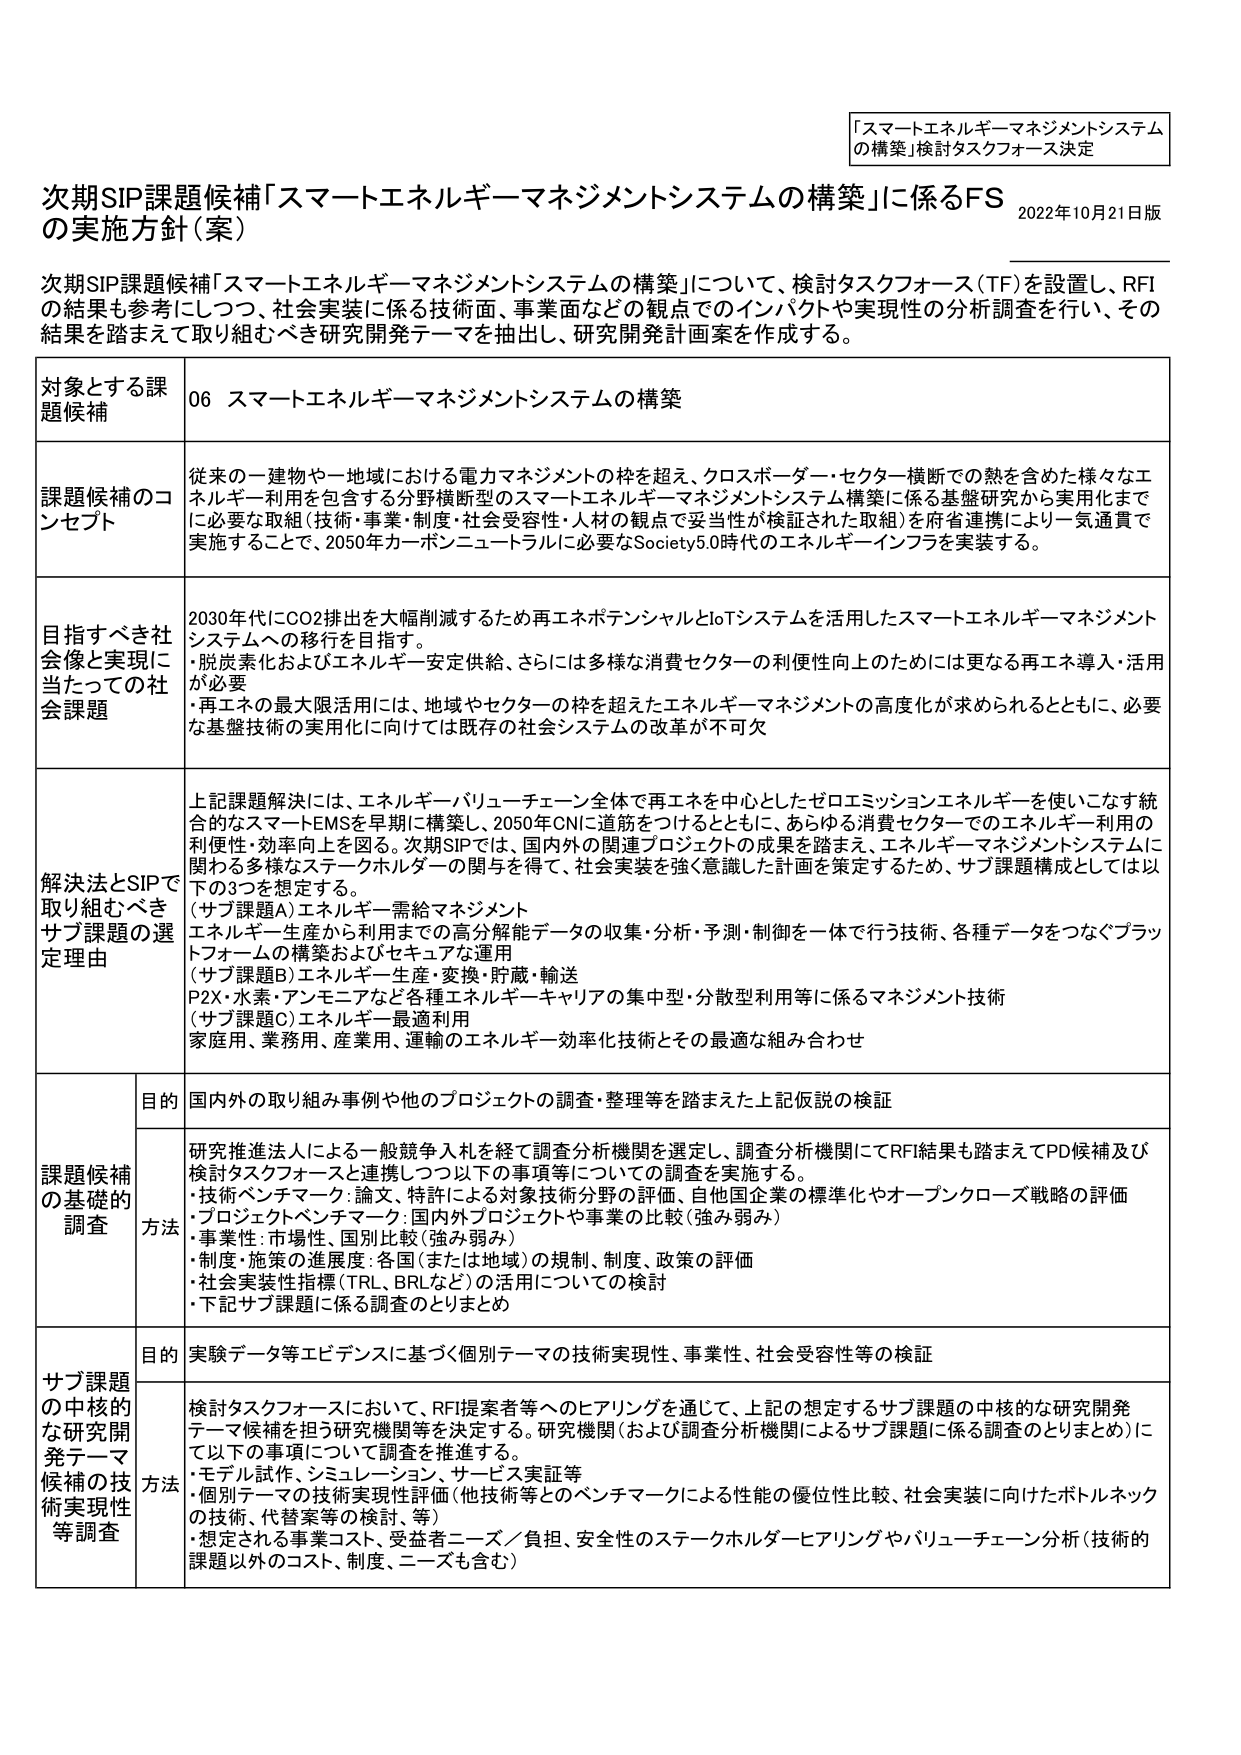
「スマートエネルギーマネジメントシステム
の構築」検討タスクフォース決定

次期SIP課題候補「スマートエネルギーマネジメントシステムの構築」に係るFS
の実施方針（案）
2022年10月21日版

次期SIP課題候補「スマートエネルギーマネジメントシステムの構築」について、検討タスクフォース（TF）を設置し、RFI
の結果も参考にしつつ、社会実装に係る技術面、事業面などの観点でのインパクトや実現性の分析調査を行い、その
結果を踏まえて取り組むべき研究開発テーマを抽出し、研究開発計画案を作成する。

対象とする課題候補
06 スマートエネルギーマネジメントシステムの構築

課題候補のコンセプト
従来の一建物や一地域における電力マネジメントの枠を超え、クロスボーダー・セクター横断での熱を含めた様々なエネルギー利用を包含する分野横断型のスマートエネルギーマネジメントシステム構築に係る基盤研究から実用化までに必要な取組（技術・事業・制度・社会受容性・人材の観点で妥当性が検証された取組）を府省連携により一気通貫で実施することで、2050年カーボンニュートラルに必要なSociety5.0時代のエネルギーインフラを実装する。

目指すべき社会像と実現に当たっての社会課題
2030年代にCO2排出を大幅削減するため再エネポテンシャルとIoTシステムを活用したスマートエネルギーマネジメントシステムへの移行を目指す。
・脱炭素化およびエネルギー安定供給、さらには多様な消費セクターの利便性向上のためには更なる再エネ導入・活用が必要
・再エネの最大限活用には、地域やセクターの枠を超えたエネルギーマネジメントの高度化が求められるとともに、必要な基盤技術の実用化に向けては既存の社会システムの改革が不可欠

解決法とSIPで取り組むべきサブ課題の選定理由
上記課題解決には、エネルギーバリューチェーン全体で再エネを中心としたゼロエミッションエネルギーを使いこなす統合的なスマートEMSを早期に構築し、2050年CNIに道筋をつけるとともに、あらゆる消費セクターでのエネルギー利用の利便性・効率向上を図る。次期SIPでは、国内外の関連プロジェクトの成果を踏まえ、エネルギーマネジメントシステムに関わる多様なステークホルダーの関与を得て、社会実装を強く意識した計画を策定するため、サブ課題構成としては以下の3つを想定する。
（サブ課題A）エネルギー需給マネジメント
エネルギー生産から利用までの高分解能データの収集・分析・予測・制御を一体で行う技術、各種データをつなぐプラットフォームの構築およびセキュアな運用
（サブ課題B）エネルギー生産・変換・貯蔵・輸送
P2X・水素・アンモニアなど各種エネルギーキャリアの集中型・分散型利用等に係るマネジメント技術
（サブ課題C）エネルギー最適利用
家庭用、業務用、産業用、運輸のエネルギー効率化技術とその最適な組み合わせ

課題候補の基礎的調査
目的 国内外の取り組み事例や他のプロジェクトの調査・整理等を踏まえた上記仮説の検証
方法 研究推進法人による一般競争入札を経て調査分析機関を選定し、調査分析機関にてRFI結果も踏まえてPD候補及び検討タスクフォースと連携しつつ以下の事項等についての調査を実施する。
・技術ベンチマーク：論文、特許による対象技術分野の評価、自他国企業の標準化やオープンクローズ戦略の評価
・プロジェクトベンチマーク：国内外プロジェクトや事業の比較（強み弱み）
・事業性：市場性、国別比較（強み弱み）
・制度・施策の進展度：各国（または地域）の規制、制度、政策の評価
・社会実装性指標（TRL、BRLなど）の活用についての検討
・下記サブ課題に係る調査のとりまとめ

サブ課題の中核的な研究開発テーマ候補の技術実現性等調査
目的 実験データ等エビデンスに基づく個別テーマの技術実現性、事業性、社会受容性等の検証
方法 検討タスクフォースにおいて、RFI提案者等へのヒアリングを通じて、上記の想定するサブ課題の中核的な研究開発テーマ候補を担う研究機関等を決定する。研究機関（および調査分析機関によるサブ課題に係る調査のとりまとめ）にて以下の事項について調査を推進する。
・モデル試作、シミュレーション、サービス実証等
・個別テーマの技術実現性評価（他技術等とのベンチマークによる性能の優位性比較、社会実装に向けたボトルネックの技術、代替案等の検討、等）
・想定される事業コスト、受益者ニーズ／負担、安全性のステークホルダーヒアリングやバリューチェーン分析（技術的課題以外のコスト、制度、ニーズも含む）